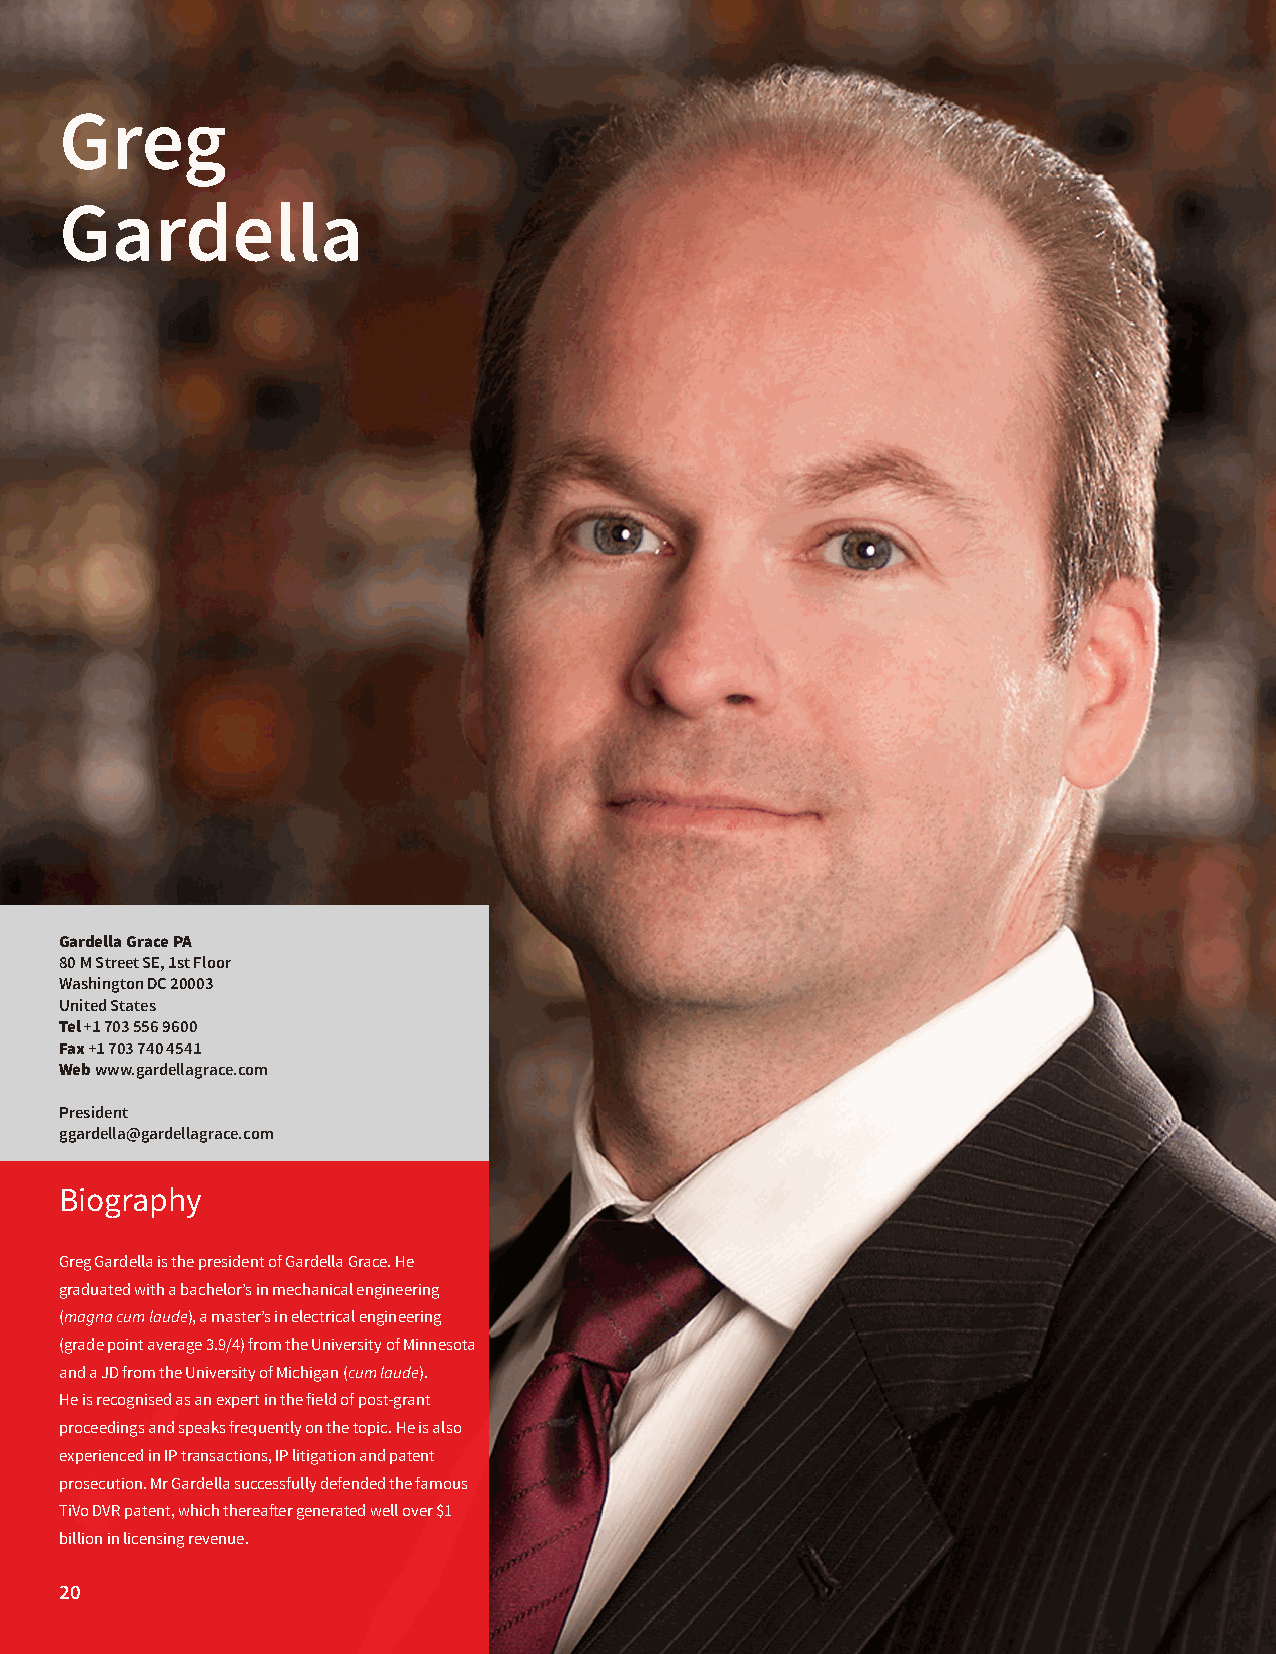
Greg
 Gardella
 Gardella Grace PA
 80 M Street SE, 1st Floor
 Washington DC 20003
 United States
 Tel +1 703 556 9600
 Fax +1 703 740 4541
 Web www.gardellagrace.com
 President
 ggardella@gardellagrace.com
 Biography
 Greg Gardella is the president of Gardella Grace. He
 graduated with a bachelor’s in mechanical engineering
 (magna cum laude), a master’s in electrical engineering
 (grade point average 3.9/4) from the University of Minnesota
 and a JD from the University of Michigan (cum laude).
 He is recognised as an expert in the field of post-grant
 proceedings and speaks frequently on the topic. He is also
 experienced in IP transactions, IP litigation and patent
 prosecution. Mr Gardella successfully defended the famous
 TiVo DVR patent, which thereafter generated well over $1
 billion in licensing revenue.
 20